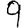
Digit: 9